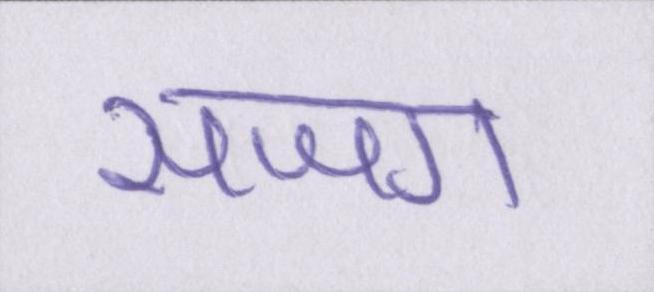
सजग